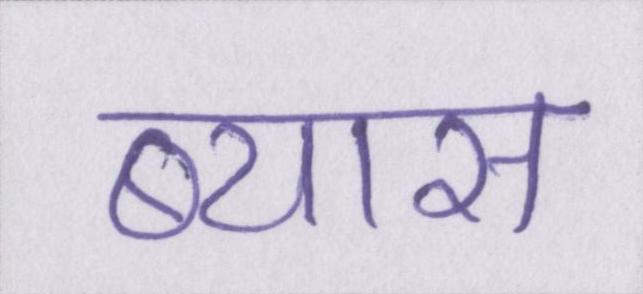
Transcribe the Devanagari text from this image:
ब्यास